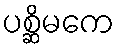
ပစ္ဆိမကေ